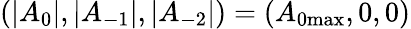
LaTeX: (|A_{0}|,|A_{-1}|,|A_{-2}|)=(A_{\mathrm{0max}},0,0)